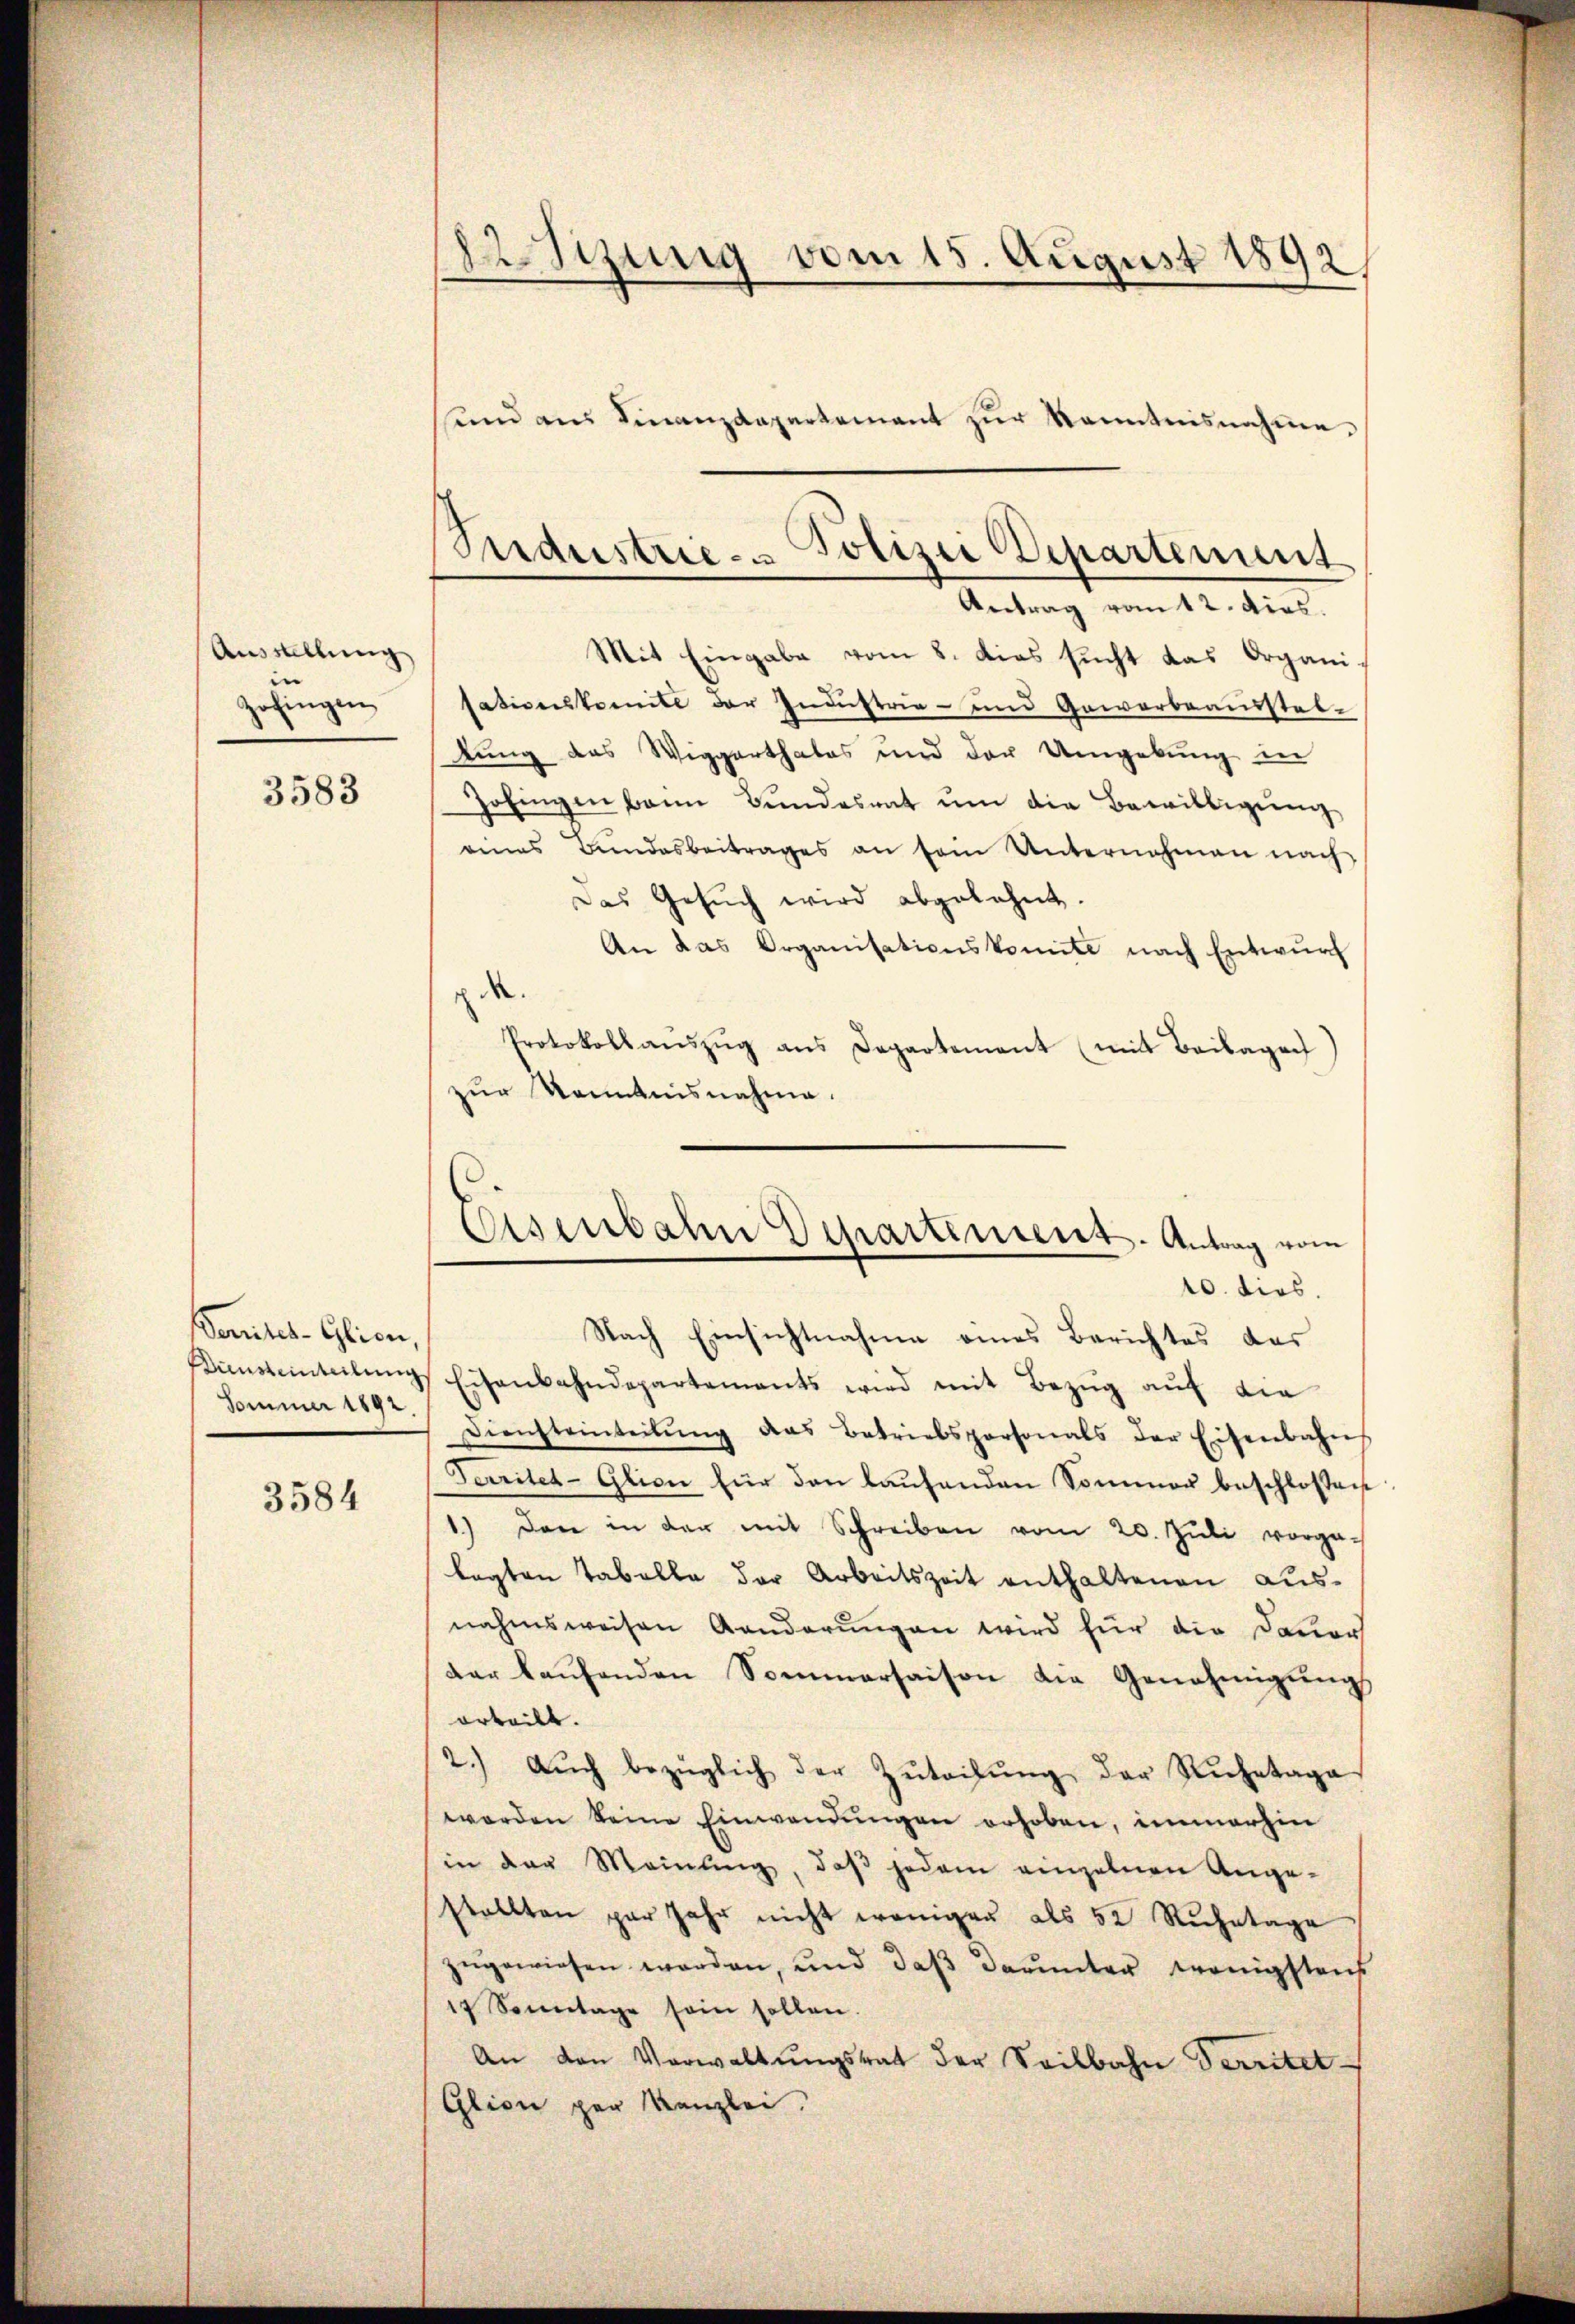
Ausstellung
e
Zofingen

3583

Venites-Glion,
Sommer 1892.

3584

22. Sizung vom 15. August 1892/
—

Mit Eingabe vom 8. dies sucht das Organi-
sationskomite der Industrie- und Gewerbeausstelkung des Wiggarthales und der Umgebung in
Zofingen bann Bŭndesrat ŭm die Bewilligŭng
eines Bŭndesbeitrages an sein Unternahmen nach
Das Gesŭch wird abgelehnt.
An das Organisationskomite nach Entwurf
.
Protokoll aŭszŭg ans Departement (mit Beilagen
zur Kenntnisnahme.
Nach Einsichtnahme eines Berichtes das
Kimsteinteilŭng, Eisenbahndepartements wird mit Bezŭg aŭf die
Diensteinteilŭng das Betriebspersonals der Eisenbahns
Territet-Glion für den laŭfenden Sommer beschlossen:
1.) Den in der mit Schreiben vom 20. Jŭli vorga-
legten Tabelle der Arbeitszeit enthaltenen ausnahmsweisen Aenderungen wird für die Dauer
der laŭfenden Sommerhaisen die Genehmigŭngs
orteilt.
2.) Aŭch bezüglich der Zŭteilŭng der Ruhetage
werden keine Einwendŭngen erhoben, immerhin
(in der Meinŭng, daβ jedem einzelnen Ange-
stellten par Jahr nicht wenigen als 52 Rŭhetage
zugewiesen worden, und daß darunter wenigstens
17 Sonntage sein sollen.
An den Verwaltŭngsrat der Seilbahn Territet
Glion per Kanzlei.

Seidestrie- Polizei Departement
Antrag vom 12. dies

sund aus Finanzdepartement zur Kenntnisnahme,

Eisenbahn Departement. Antrag vom
10. dies.